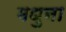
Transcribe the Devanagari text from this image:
मधुना